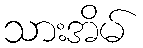
သားအိမ်